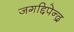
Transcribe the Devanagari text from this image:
जगद्दिपेन्द्र